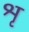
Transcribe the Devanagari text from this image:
श्रृ